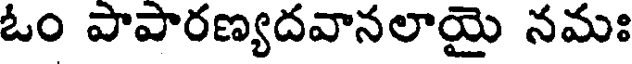
ఓం పాపారణ్యదవానలాయై నమః